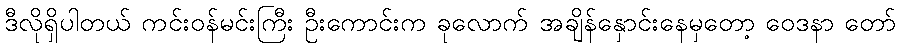
ဒီလိုရှိပါတယ် ကင်းဝန်မင်းကြီး ဦးကောင်းက ခုလောက် အချိန်နှောင်းနေမှတော့ ဝေဒနာ တော်